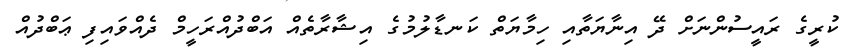
ކުރީގެ ރައީސުންނަށް ދޭ އިނާޔަތާއި ހިމާޔަތް ކަނޑާލުމުގެ އިޝާރާތެއް އަބްދުއްރަހީމް ދެއްވައިފި ޢަބްދުއް